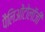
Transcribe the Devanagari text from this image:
पैलिओंटोलॉजी